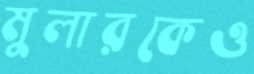
মুলারকেও